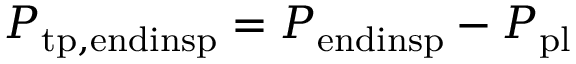
P _ { \mathrm { t p , e n d i n s p } } = P _ { \mathrm { e n d i n s p } } - P _ { \mathrm { p l } }